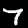
Digit: 7